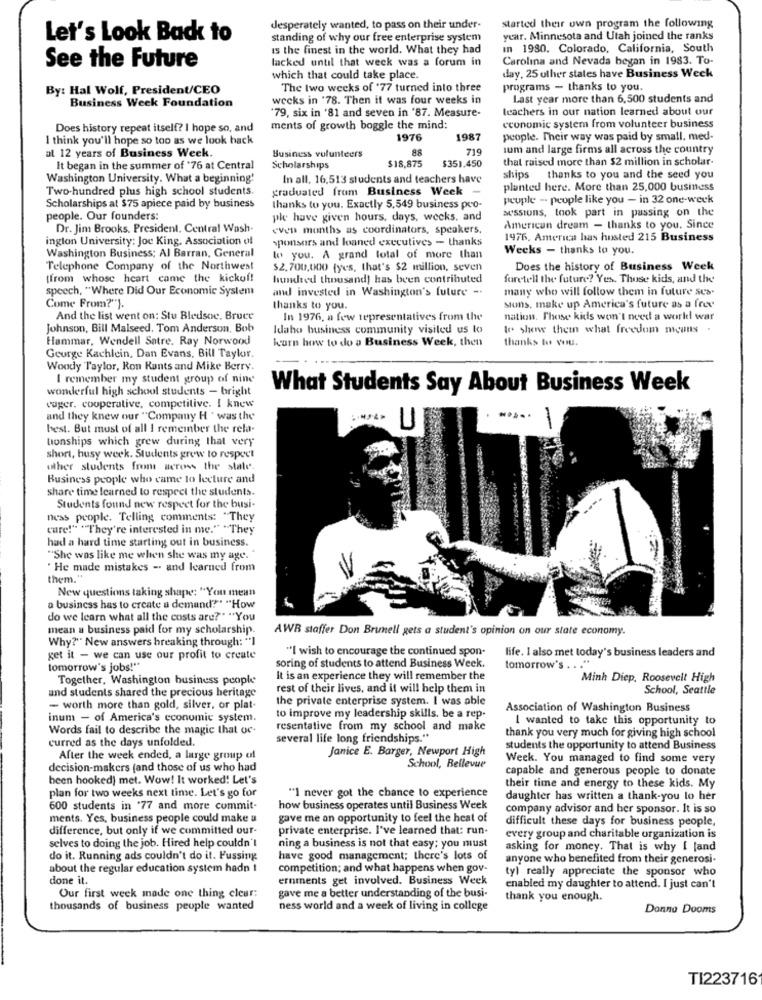
desperately wanted, to pass on their under-
started their own program the following
Let's Look Back to
standing of why our free enterprise system
year. Minnesota and Utah joined the ranks
is the finest in the world. What they had
In 1980. Colorado, California, South
lacked until that week was a forum in
Carolina and Nevada began in 1983. To-
See the Future
which that could take place.
day, 25 other states have Business Week
By: Hal Wolf, President/CEO
The two weeks of '77 turned into three
programs - thanks to you.
Business Week Foundation
weeks in '78. Then it was four weeks in
Last year more than 6,500 students and
'79, six in '81 and seven in '87. Measure-
teachers in our nation learned about our
Does history repeat itself? I hope so, and
ments of growth boggle the mind:
economic system from volunteer business
I think you'll hope so too as we look back
1976
1987
people. Their way was paid by small. med.
at 12 years of Business Week.
Business volunteers
88
719
lum and large firms all across the country
$351.450
that raised more than $2 million in scholar.
It began in the summer of '76 at Central
Scholarships
$18,875
Washington University. What a beginning'
In all, 16.513 students and teachers have
ships thanks to you and the seed you
Two-hundred plus high school students.
graduated from Business Week -
planted here. More than 25,000 business
peuple - people like you - in 32 one-week
Scholarships at $75 apiece paid by business
thanks to you. Exactly 5,549 business pro-
aussiuns, took part in passing on the
people. Our founders:
ple have given hours, days, wecks, and
Dr. Jim Brooks. President. Central Wash-
even months as coordinators, speakers.
American dream - thanks to you. Since
inglon University: Joe King. Association of
sponsors and loaned executives - thanks
1976. America has hosted 215 Business
Weeks - thanks to you.
Washington Business; Al Barran, General
lo you. A grand total of more than
Telephone Company of the Northwest
$2,700,000 (yes, that's $2 million, seven
Does the history of Business Week
(from whose heart came the kickof!
hundred thousand) has been contributed
faretell the future? Yes. Those kids, and the
speech, "Where Did Our Economic System
and invested in Washington's future -.
many who will follow them in future ses-
Come From?").
thanks to you.
stons, make up America's future as a free
And the list went on: Stu Bledsoe. Bruce
In 1976, a few representatives from the
nation. These kids won't need a world war
Johnson, Bill Malseed, Tom Anderson, Bob
Idaho business community visited us to
I' show them what freedom means.
Hammar, Wendell Satre. Ray Norwood
karn how to do a Business Week, then
thanks to vu.
George Kachlein, Dan Evans, Bill Taylor.
Woody Taylor, Ron Kants and Mike Berry.
I remember my student group of nine
wonderful high school students - bright
What Students Say About Business Week
vuger. cooperative, competitive. I knew
and they knew our "Company H . was the
best. But must of all I remember the rela-
bonships which grew during that very
short, busy week. Students grew to respect
other students from across the state-
Business people who came lo lecture and
share time learned to respect the students.
Students found new respect for the busi-
ness people. Telling comments: "They
care!" ""They're interested in me." "They
had a hard time starting out in business.
"She was like me when she was my age."
" He made mistakes -. and learned from
them."
New questions taking shape: "You mean
a business has to create a demand?" "How
do we learn what all the costs are?" "You
mean a business paid for my scholarship.
AWR staffer Don Brunell gets a student's opinion on our state economy.
Why?"" New answers breaking through: "]
"I wish to encourage the continued spon-
life. I also met today's business leaders and
get it - we can use our profit to create
tomorrow's jobs !**
soring of students to attend Business Week.
tomorrow's .
Together, Washington business people
It is an experience they will remember the
Minh Diep. Roosevelt High
rest of their lives, and it will help them in
School, Seattle
and students shared the precious heritage
the private enterprise system. I was able
- worth more than gold, silver, or plat-
Association of Washington Business
inum - of America's economic system.
to improve my leadership skills, be a rep-
I wanted to take this opportunity to
Words fail to describe the magic that oc-
resentative from my school and make
curred as the days unfolded.
several life long friendships."
thank you very much for giving high school
Janice E. Barger, Newport High
students the opportunity to attend Business
After the week ended, a large group of
Week. You managed to find some very
decision-makers (and those of us who had
School, Bellevue
capable and generous people to donate
been hooked] met. Wow! It worked! Let's
their time and energy to these kids. My
plan for two weeks next time. Let's go for
"I never got the chance to experience
daughter has written a thank-you lo her
600 students in 77 and more commit
how business operates until Business Week
company advisor and her sponsor. It is so
ments. Yes, business people could make a
gave me an opportunity to feel the heat of
difficult these days for business people,
difference, but only if we committed our-
private enterprise. I've learned that: run-
every group and charitable organization is
selves to doing the job. Hired help couldn't
ning a business is not that easy; you must
asking for money. That is why I [and
do it. Running ads couldn't do it. Fussing
have good management; there's lots of
anyone who benefited from their generosi-
about the regular education system hadn t
competition; and what happens when gov-
tyl really appreciate the sponsor who
done it.
ernments get involved. Business Week
gave me a better understanding of the busi-
enabled my daughter to attend. I just can't
Our first week made one thing clear:
thank you enough.
thousands of business people wanted
ness world and a week of living in college
Donna Dooms
TI223716